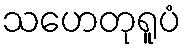
သဟေတုရူပံ